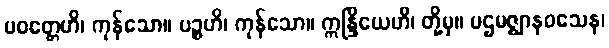
ပဝတ္တေဟိ၊ ကုန်သော။ ပဉ္စဟိ၊ ကုန်သော။ ဣန္ဒြိယေဟိ၊ တို့မှ။ ပဌမဇ္ဈာနဝသေန၊